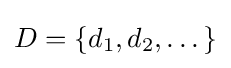
D=\{d_{1},d_{2},\dots \}